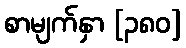
စာမျက်နှာ [၃၈၀]